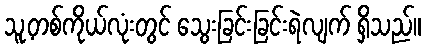
သူ့တစ်ကိုယ်လုံးတွင် သွေးခြင်းခြင်းရဲလျက် ရှိသည်။